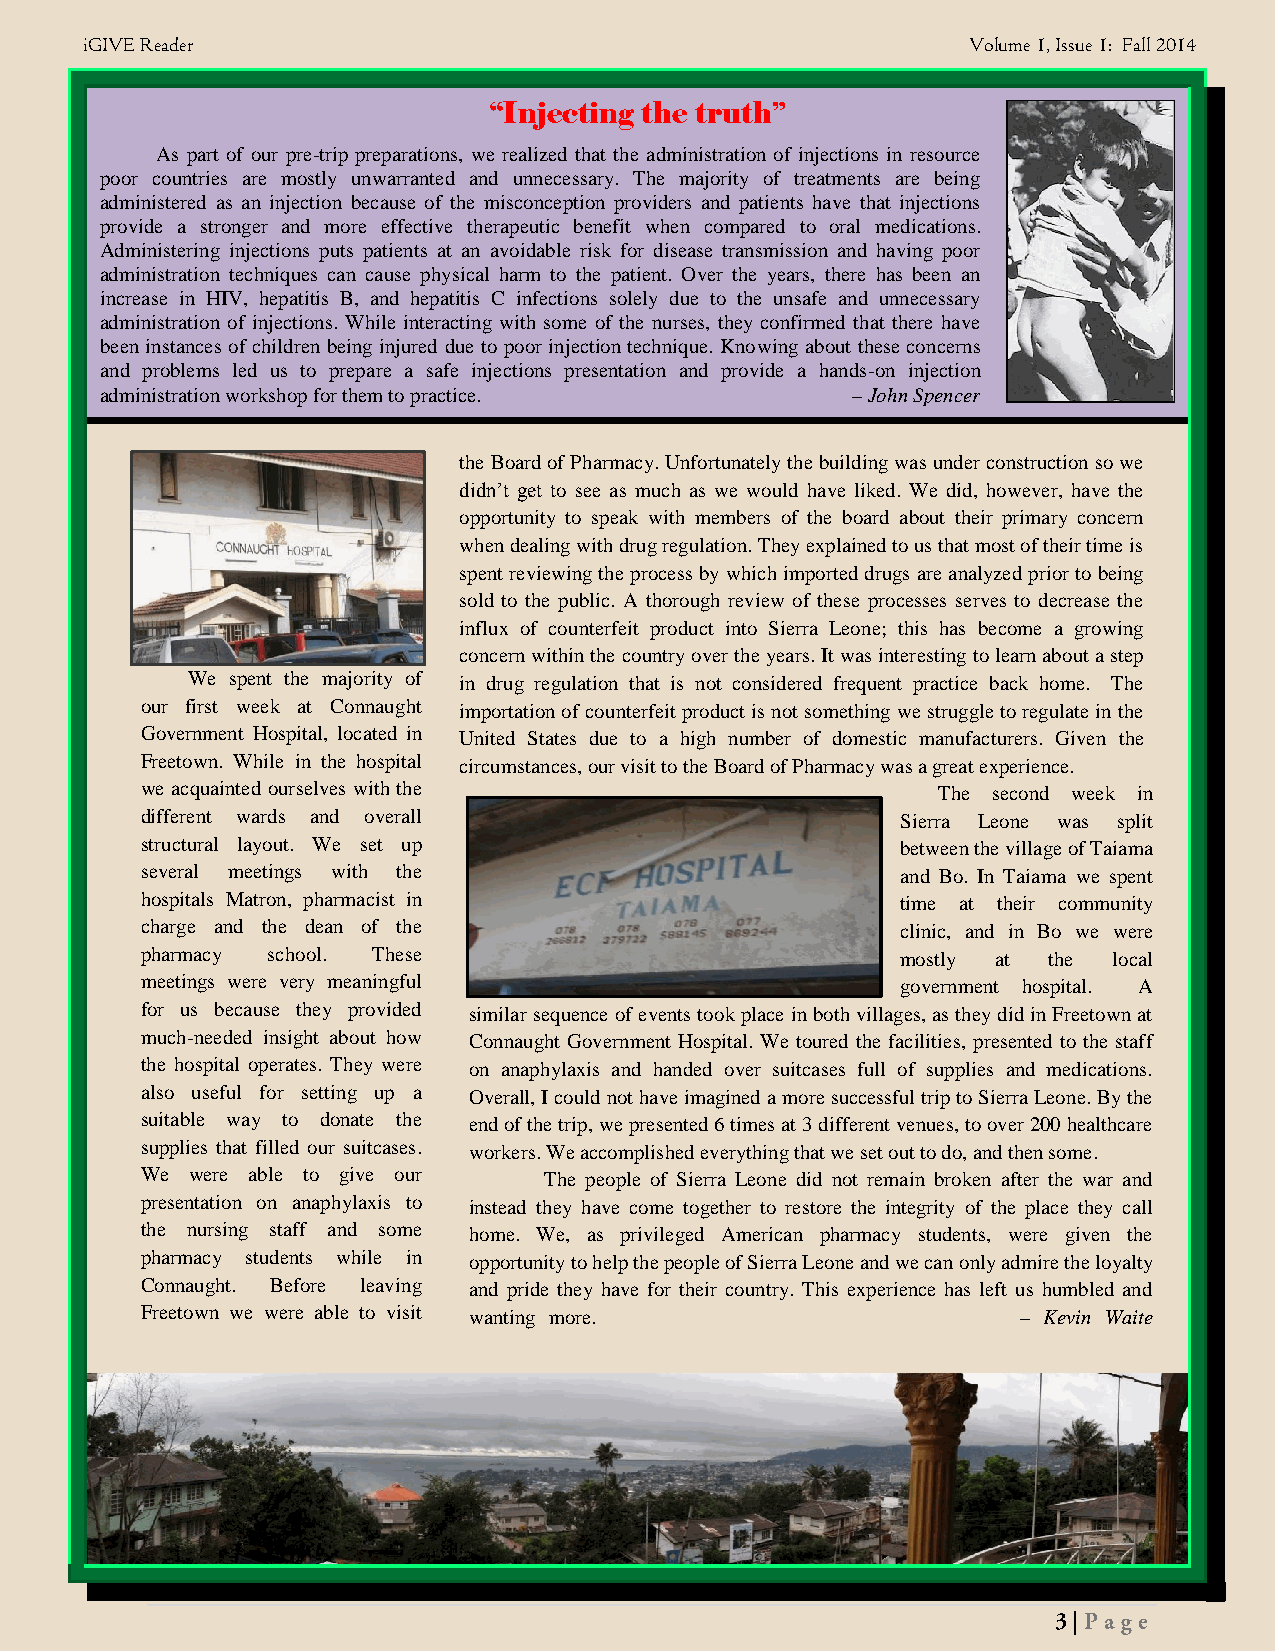
iGIVE Reader                                               Volume 1, Issue 1: Fall 2014
 “Injecting the truth”
 As part of our pre-trip preparations, we realized that the administration of injections in resource
 poor countries are mostly unwarranted and unnecessary. The majority of treatments are being
 administered as an injection because of the misconception providers and patients have that injections
 provide a stronger and more effective therapeutic benefit when compared to oral medications.
 Administering injections puts patients at an avoidable risk for disease transmission and having poor
 administration techniques can cause physical harm to the patient. Over the years, there has been an
 increase in HIV, hepatitis B, and hepatitis C infections solely due to the unsafe and unnecessary
 administration of injections. While interacting with some of the nurses, they confirmed that there have
 been instances of children being injured due to poor injection technique. Knowing about these concerns
 and problems led us to prepare a safe injections presentation and provide a hands-on injection
 administration workshop for them to practice.    – John Spencer
 the Board of Pharmacy. Unfortunately the building was under construction so we
 didn’t get to see as much as we would have liked. We did, however, have the
 opportunity to speak with members of the board about their primary concern
 when dealing with drug regulation. They explained to us that most of their time is
 spent reviewing the process by which imported drugs are analyzed prior to being
 sold to the public. A thorough review of these processes serves to decrease the
 influx of counterfeit product into Sierra Leone; this has become a growing
 concern within the country over the years. It was interesting to learn about a step
 We spent the majority of in drug regulation that is not considered frequent practice back home. The
 our first week at Connaught importation of counterfeit product is not something we struggle to regulate in the
 Government Hospital, located in United States due to a high number of domestic manufacturers. Given the
 Freetown. While in the hospital circumstances, our visit to the Board of Pharmacy was a great experience.
 we acquainted ourselves with the                     The second week in
 different wards and overall                        Sierra Leone was split
 structural layout. We set up                       between the village of Taiama
 several meetings with the                          and Bo. In Taiama we spent
 hospitals Matron, pharmacist in                    time at their community
 charge and the dean of the                         clinic, and in Bo we were
 pharmacy school. These                             mostly at the local
 meetings were very meaningful                      government hospital. A
 for us because they provided similar sequence of events took place in both villages, as they did in Freetown at
 much-needed insight about how Connaught Government Hospital. We toured the facilities, presented to the staff
 the hospital operates. They were on anaphylaxis and handed over suitcases full of supplies and medications.
 also useful for setting up a Overall, I could not have imagined a more successful trip to Sierra Leone. By the
 suitable way to donate the end of the trip, we presented 6 times at 3 different venues, to over 200 healthcare
 supplies that filled our suitcases. workers. We accomplished everything that we set out to do, and then some.
 We  were able to give our  The people of Sierra Leone did not remain broken after the war and
 presentation on anaphylaxis to instead they have come together to restore the integrity of the place they call
 the nursing staff and some home. We, as privileged American pharmacy students, were given the
 pharmacy students while in opportunity to help the people of Sierra Leone and we can only admire the loyalty
 Connaught. Before leaving and pride they have for their country. This experience has left us humbled and
 Freetown we were able to visit wanting more.               – Kevin Waite